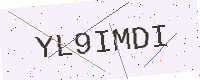
Text: YL9IMDI